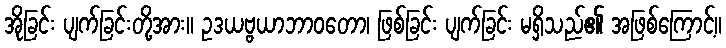
အိုခြင်း ပျက်ခြင်းတို့အား။ ဥဒယဗ္ဗယာဘာဝတော၊ ဖြစ်ခြင်း ပျက်ခြင်း မရှိသည်၏ အဖြစ်ကြောင့်။